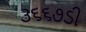
૩૬૬૭ડી